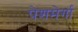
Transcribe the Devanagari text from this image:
पेशमेर्गा